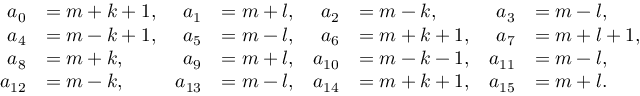
\begin{array} { r l r l r l r l } { a _ { 0 } } & { = m + k + 1 , } & { a _ { 1 } } & { = m + l , } & { a _ { 2 } } & { = m - k , } & { a _ { 3 } } & { = m - l , } \\ { a _ { 4 } } & { = m - k + 1 , } & { a _ { 5 } } & { = m - l , } & { a _ { 6 } } & { = m + k + 1 , } & { a _ { 7 } } & { = m + l + 1 , } \\ { a _ { 8 } } & { = m + k , } & { a _ { 9 } } & { = m + l , } & { a _ { 1 0 } } & { = m - k - 1 , } & { a _ { 1 1 } } & { = m - l , } \\ { a _ { 1 2 } } & { = m - k , } & { a _ { 1 3 } } & { = m - l , } & { a _ { 1 4 } } & { = m + k + 1 , } & { a _ { 1 5 } } & { = m + l . } \end{array}